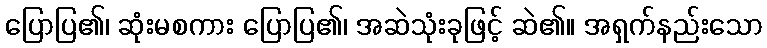
ပြောပြ၏၊ ဆုံးမစကား ပြောပြ၏၊ အဆဲသုံးခုဖြင့် ဆဲ၏။ အရှက်နည်းသော